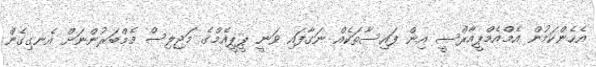
އެހެންކަމުން އެމްއެމްޕީއާރްސީ އިން ފައިސާތަކެއް ނަގާފައި ވަނީ ޕީޕީއެމްގެ މަޖިލިސް މެމްބަރުންނަށް އެނގިގެން